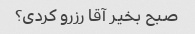
صبح بخیر آقا رزرو کردی؟